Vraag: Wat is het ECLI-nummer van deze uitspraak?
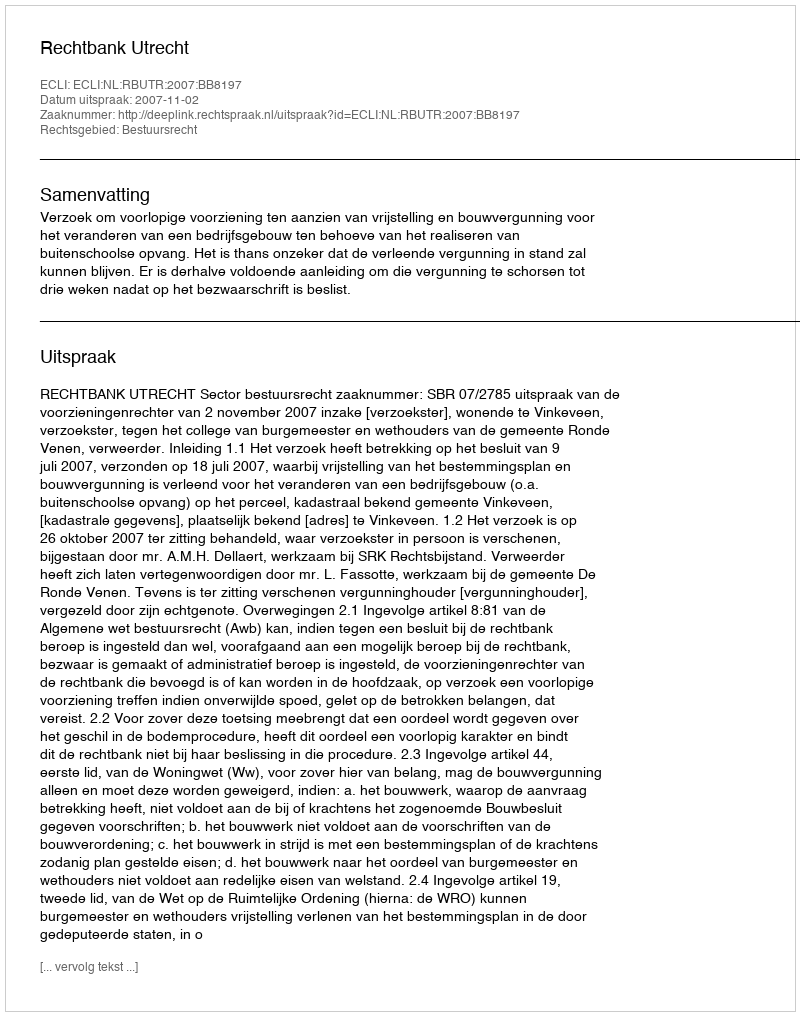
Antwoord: ECLI:NL:RBUTR:2007:BB8197